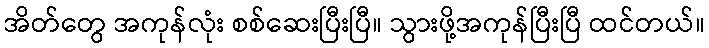
အိတ်တွေ အကုန်လုံး စစ်ဆေးပြီးပြီ။ သွားဖို့အကုန်ပြီးပြီ ထင်တယ်။